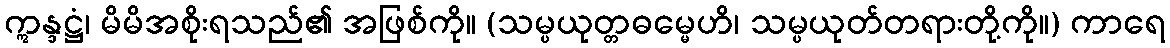
ဣန္ဒဋ္ဌံ၊ မိမိအစိုးရသည်၏ အဖြစ်ကို။ (သမ္ပယုတ္တဓမ္မေဟိ၊ သမ္ပယုတ်တရားတို့ကို။) ကာရေ